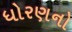
ધોરણનો